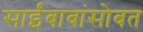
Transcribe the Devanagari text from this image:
साईंबाबांसोबत